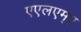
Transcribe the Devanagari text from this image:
एएलएम्ए